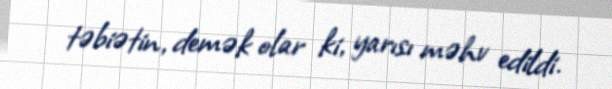
təbiətin, demək olar ki, yarısı məhv edildi.